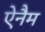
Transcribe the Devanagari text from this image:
ऐनैम